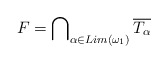
\begin{align*} F=\bigcap\nolimits_{{\alpha}\in Lim({\omega}_1)} \overline {T_{\alpha}}\end{align*}